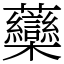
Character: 虊